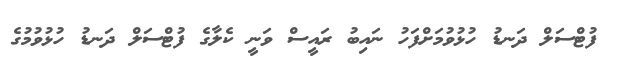
ފުޓްސަލް ދަނޑު ހުޅުވުމަށްފަހު ނައިބު ރައީސް ވަނީ ކެލާގެ ފުޓްސަލް ދަނޑު ހުޅުވުމުގެ